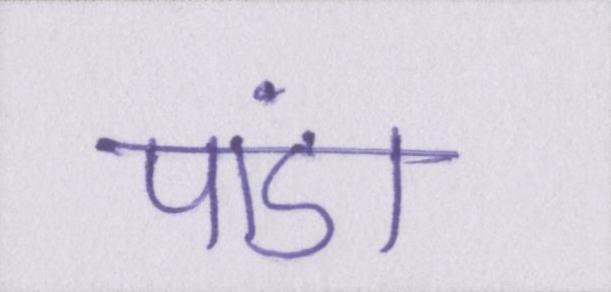
पांडा